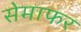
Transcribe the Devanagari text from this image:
सेमाफर